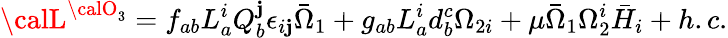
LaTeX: {\calL}^{{\calO}_{3}}=f_{ab}L_{a}^{i}Q_{b}^{\mathbf{j}}\epsilon_{i\mathbf{j}}\bar{{\Omega}}_{1}+g_{ab}L_{a}^{i}d_{b}^{c}\Omega_{2i}+\mu\bar{{\Omega}}_{1}\Omega_{2}^{i}\bar{{H}}_{i}+h.c.